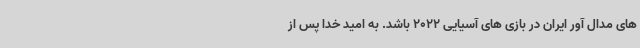
های مدال آور ایران در بازی های آسیایی 2022 باشد. به امید خدا پس از